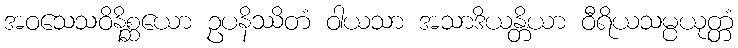
အဝသေသဝိနိစ္ဆယော ဥပနိဿိတံ ဝါယသာ အသာဒိယန္တိယာ ဝီရိယသမ္ပယုတ္တံ